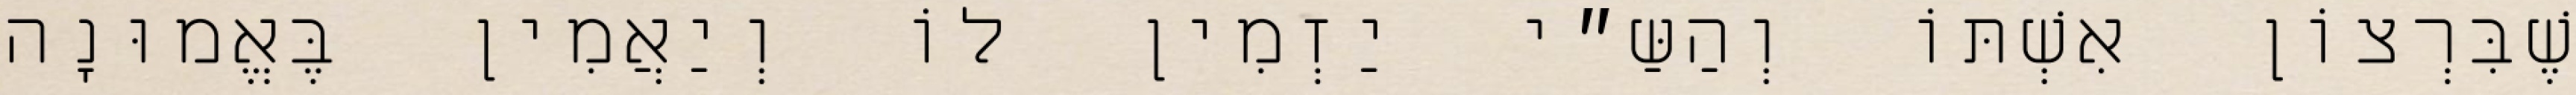
שֶׁבִּרְצוֹן אִשְׁתּוֹ וְהַשַּ״י יַזְמִין לוֹ וְיַאֲמִין בֶּאֱמוּנָה